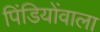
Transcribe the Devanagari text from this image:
पिंडियोंवाला